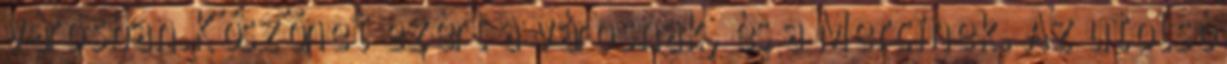
városban.Köszönet ezért a városnak, és a Mercinek. Az utolsó